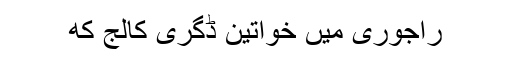
راجوری میں خواتین ڈگری کالج کھ